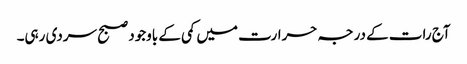
آج رات کے درجہ حرارت میں کمی کے باوجود صبح سردی رہی۔